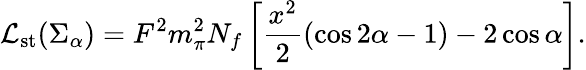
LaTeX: {\cal L}_{\mathrm{st}}(\Sigma_{\alpha})=F^{2}{m_{\pi}^{2}}N_{f}\left[{\frac{x^{2}}{2}}(\cos 2\alpha-1)-2\cos\alpha\right].